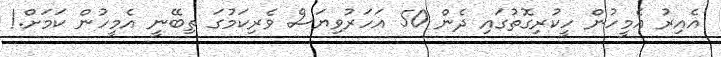
އެއިރު އެމީހުން ހީކުރިގޮތުގައި ދެން 50 އަހަރުވިޔަސް ވެރިކަމުގަ ތިބޭނީ އެމީހުން ކަމަށް.!